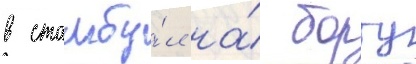
в стамбу́л на́ борту